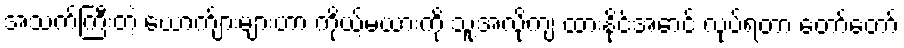
အသက်ကြီးတဲ့ ယောက်ျားများဟာ ကိုယ့်မယားကို သူ့အလိုကျ ထားနိုင်အောင် လုပ်ရတာ တော်တော်